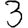
Digit: 3